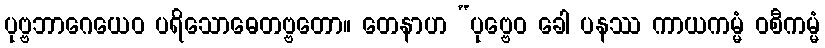
ပုဗ္ဗဘာဂေယေဝ ပရိသောဓေတဗ္ဗတော။ တေနာဟ “ပုဗ္ဗေဝ ခေါ ပနဿ ကာယကမ္မံ ဝစီကမ္မံ